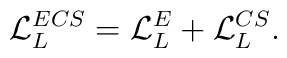
{\cal L}_L^{ECS} = {\cal L}_L^E + {\cal L}_L^{CS}.